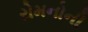
રોમનોની